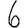
Digit: 6